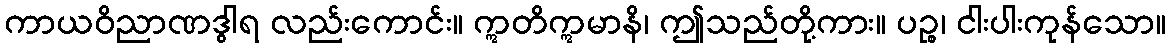
ကာယဝိညာဏဒွါရ လည်းကောင်း။ ဣတိဣမာနိ၊ ဤသည်တို့ကား။ ပဉ္စ၊ ငါးပါးကုန်သော။